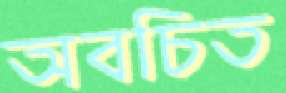
অবচিত